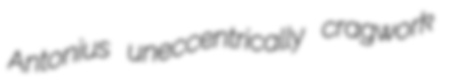
Antonius uneccentrically cragwork